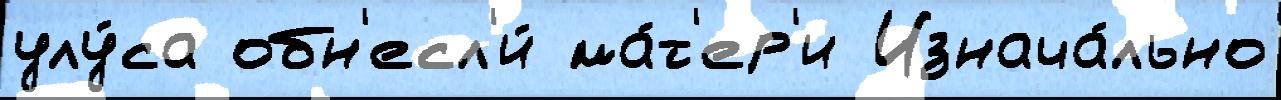
улу́са обн'есл'и́ ма́т'ер'и Изнача́льно